King Institute of Preventive Medicine Micro-Biological Section reports 1912-19
Year: 1912
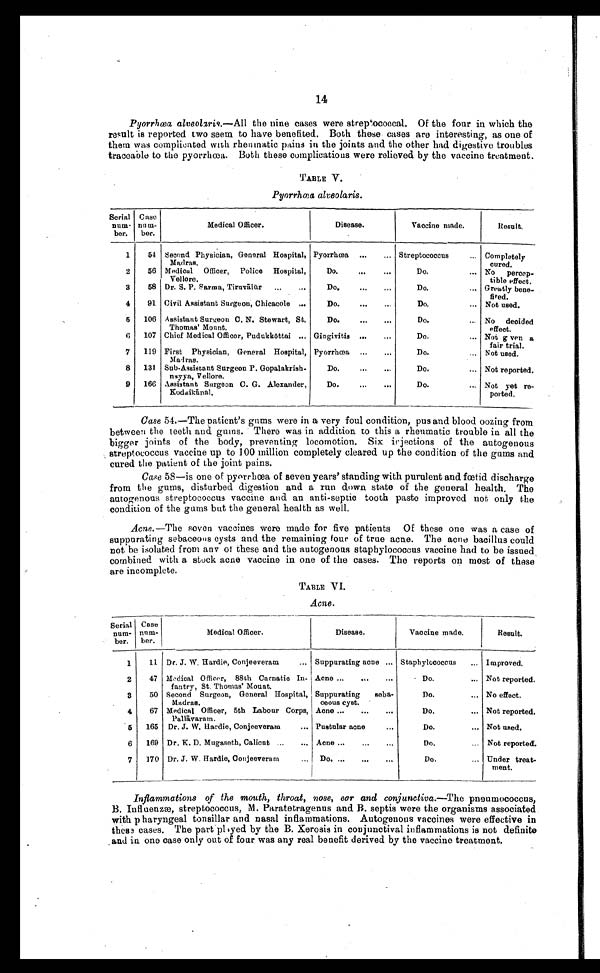
14
Pyorrhœa alveolxris.—All the nine cases were streptococcal. Of the four in which the
result is reported two seem to have benefited. Both these cases are interesting, as one of
them was complicated with rheumatic pains in the joints and the other had digestive troubles
traceable to the pyorrhœa. Both these complications were relieved by the vaccine treatment.
TABLE V.
Pyorrhœa alveolaris.
Serial
num-
ber.
Case n u m -
ber.
Medical Officer.
Disease.
Vaccine made.
Result.
1
54 Second Physician, General Hospital,
Madras.
Pyorrhœa . . .
Streptococcus . . .
Completely
cured.
2
56 Medical Officer,
Police Hospital,
Vellore.
Do. . . .
Do. . . . No percep
-
tible effect.
3
58 Dr. S. P. Sarma, Tiruvālū r . . .
Do. . . .
Do. . . . Greatly bene
-
fited.
4
91 Civil Assistant Surgeon, Chicacole . . .
Do. . . .
Do. . . . Not used.
5
106 Assistant Surgeon C. N. Stewart, St.
Thomas' Mount.
Do. . . .
Do. . . . No decided
effect.
6
107 Chief Medical Officer, Pudukkō ttai . . . Gingivitis . . .
Do. . . . Not gven a
fair trial.
7
119 First Physician, General Hospital,
Madras.
Pyorrhœa . . .
Do. . . . Not used.
8
131 Sub-Assistant Surgeon P. Gopalakrish-
nayya, Vellore.
Do. . . .
Do. . . . Not reported.
9
166 Assistant Surgeon C. G. Alexander,
Kodaikānal,
Do. . . .
Do. . . . Not yet re-
ported.
Case 54.—The patient's gums were in a very foul condition, pus and blood oozing from
between the teeth and gums. There was in addition to this a rheumatic trouble in all the
bigger joints of the body, preventing locomotion. Six irjections of the autogenous
streptococcus vaccine up to 100 million completely cleared up the condition of the gums and
cured the patient of the joint pains.
Case 58—is one of pyorrhœa of seven years' standing with purulent and fœtid discharge
from the gums, disturbed digestion and a run down state of the general health. The
autogenous streptococcus vaccine and an anti-septic tooth paste improved not only the
condition of the gums but the general health as well.
Acne .—The seven vaccines were made for five patients Of these one was a case of
suppurating sebaceous cysts and the remaining four of true acne. The acne bacillus could
not be isolated from any of these and the autogenous staphylococcus vaccine had to be issued
combined with a stock acne vaccine in one of the cases. The reports on most of these
are incomplete.
TABLE VI.
Acne.
Serial
num-
ber.
Case
num-
ber.
Medical Officer.
Disease.
Vaccine made.
Result.
1
11 Dr. J. W. Hardie, Conjeeveram . . .
Suppurating acne . . . Staphylococcus . . . Improved.
2
47 Medical Officer, 88th Carnatic In-
fantry, St. Thomas' Mount.
Acne . . .
Do. . . . Not reported.
3
50 Second Surgeon, General Hospital,
Madras.
Suppurating seba
-ceous cyst.
Do. . . . No effect.
4
67 Medical Officer, 5th Labour Corps,
Pallāvaram.
Acne . . .
Do. . . . Not reported.
5
165 Dr. J. W. Hardie, Conjeeveram . . .
Pustular acne . . .
D o . . . . Not used.
6
169 Dr. K. D. Mugaseth, Calicut . . .
Acne . . .
Do. . . . Not reported.
7
170 Dr. J. W. Hardie, Conjeeveram . . .
D o . . . .
D o . . . .
Under treat
-ment.
Inflammations of the mouth, throat, nose, ear and conjunctiva .—The pneumococcus,
B. Influenzæ, streptococcus, M. Paratetragenus and B. septis were the organisms associated
with pharyngeal tonsillar and nasal inflammations. Autogenous vaccines were effective in
these cases. The part played by the B. Xerosis in conjunctival inflammations is not definite
and in one case only out of four was any real benefit derived by the vaccine treatment.